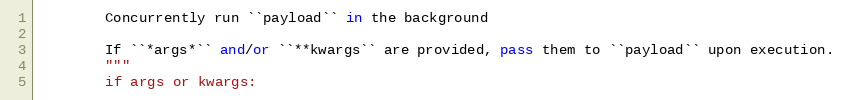
Language: Python
        Concurrently run ``payload`` in the background

        If ``*args*`` and/or ``**kwargs`` are provided, pass them to ``payload`` upon execution.
        """
        if args or kwargs: